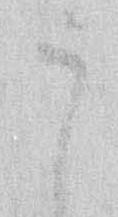
う